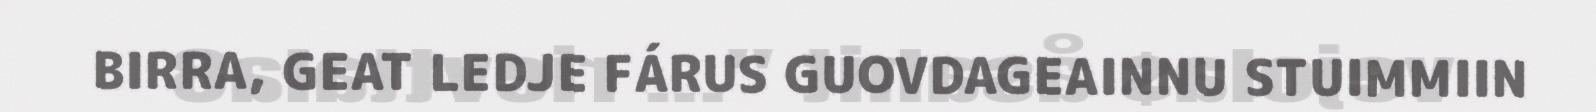
BIRRA, GEAT LEDJE FÁRUS GUOVDAGEAINNU STUIMMIIN